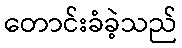
တောင်းခံခဲ့သည်